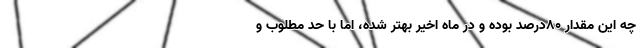
چه این مقدار ۸۰درصد بوده و در ماه اخیر بهتر شده، اما با حد مطلوب و